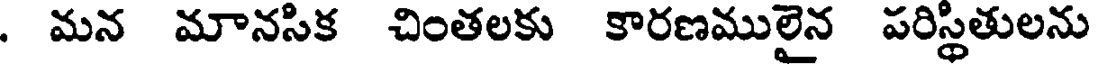
. మన మానసిక చింతలకు కారణములైన పరిస్థితులను